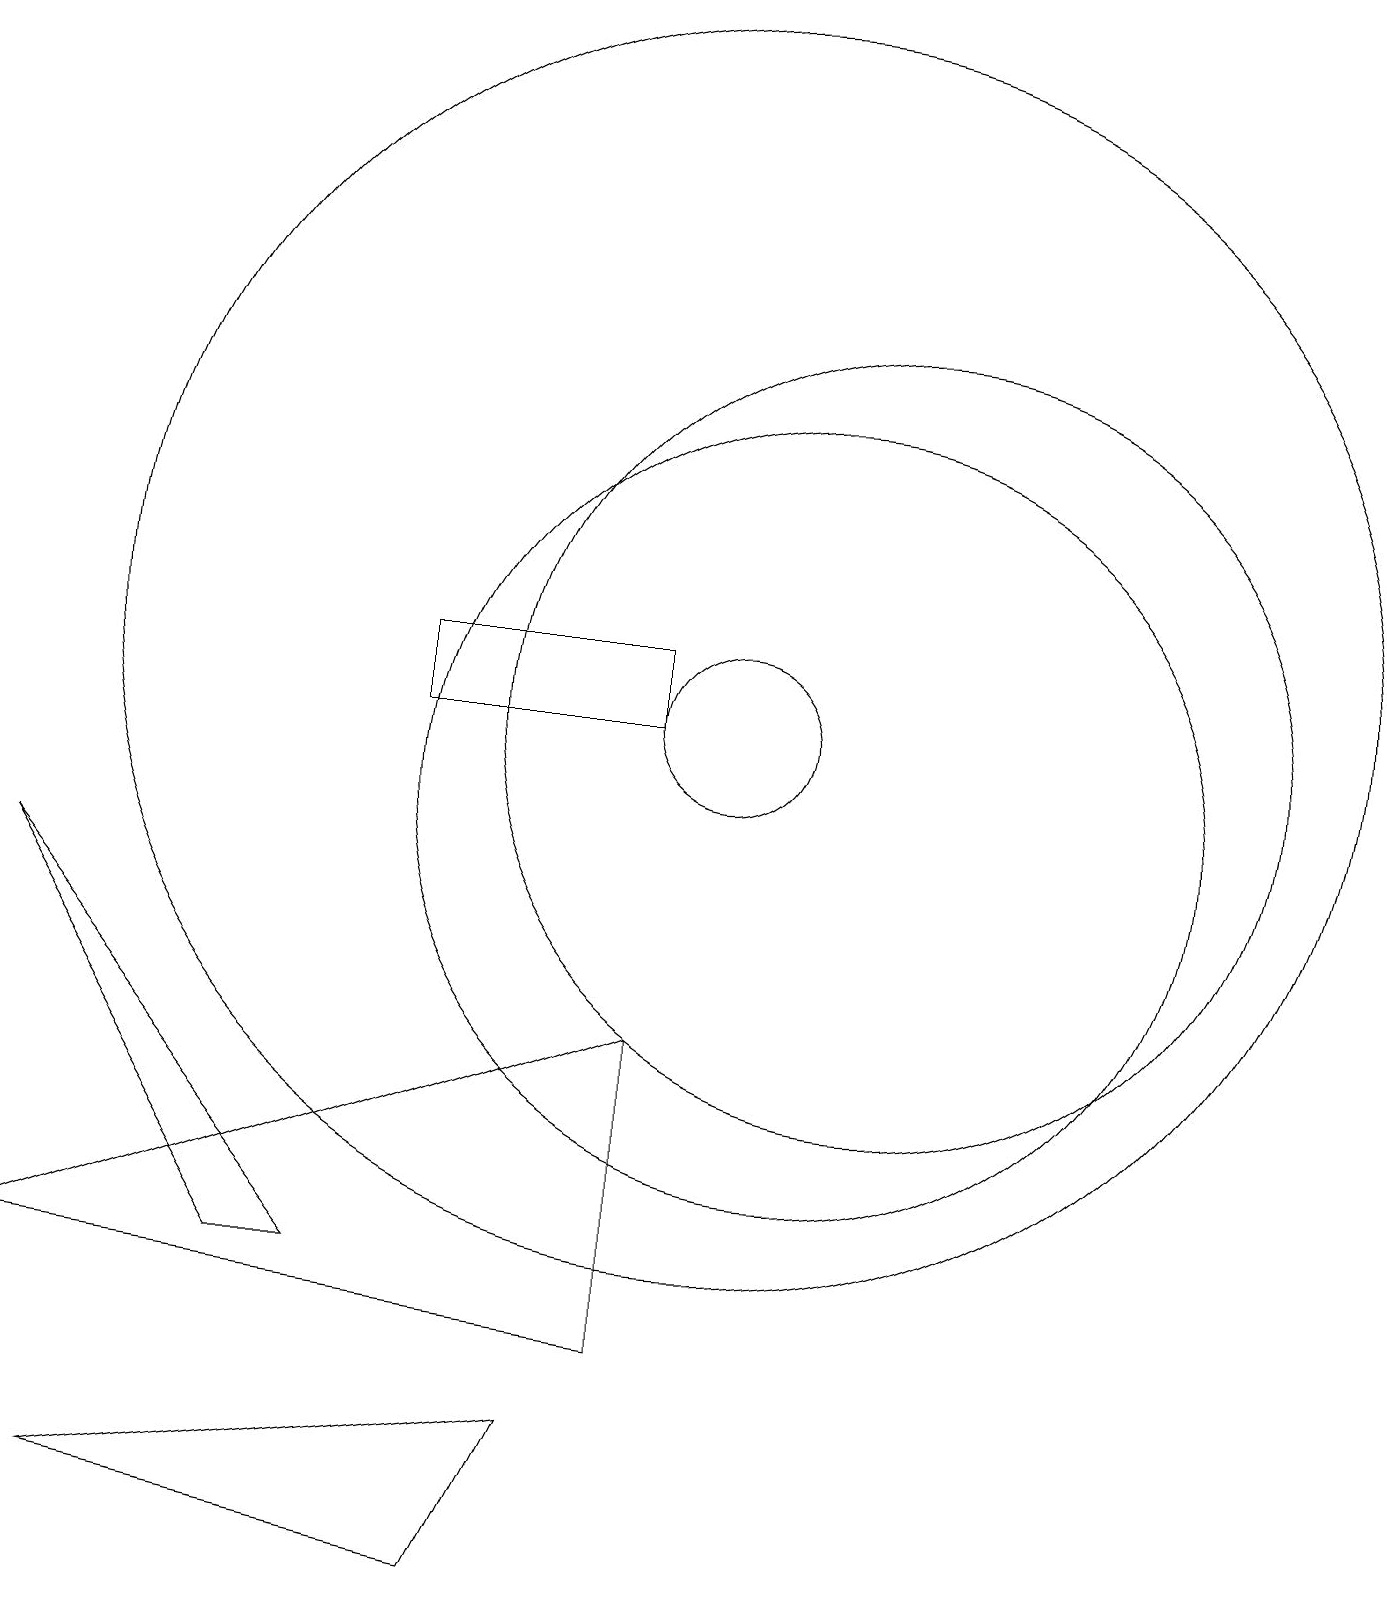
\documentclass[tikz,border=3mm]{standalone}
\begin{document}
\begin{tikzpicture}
\draw (9,12) rectangle (6,11);
\draw (2,1) -- (8,2) -- (7,0) -- cycle;
\draw (10,11) circle (1);
\draw (5,4) -- (4,4) -- (1,9) -- cycle;
\draw (1,4) -- (9,3) -- (9,7) -- cycle;
\draw (11,10) circle (5);
\draw (10,12) circle (8);
\draw (12,11) circle (5);
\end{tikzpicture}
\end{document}